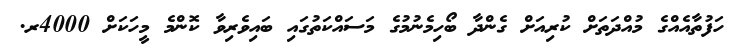
ހަފުތާއެއްގެ މުއްދަތަށް ކުރިއަށް ގެންދާ ބޯހިމެނުމުގެ މަސައްކަތުގައި ބައިވެރިވާ ކޮންމެ މީހަކަށް 4000ރ.